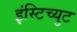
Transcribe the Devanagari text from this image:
इंस्टिच्युट